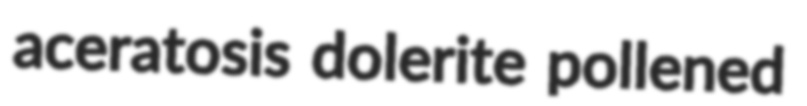
aceratosis dolerite pollened